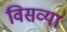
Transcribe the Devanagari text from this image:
विसव्या